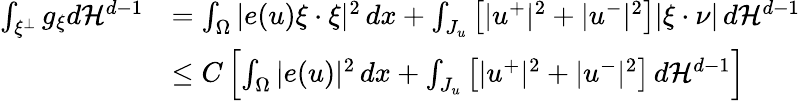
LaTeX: \begin{array}{rl}{\int_{\xi^{\bot}}g_{\xi}d{\mathcal{H}}^{d-1}}&{=\int_{\Omega}|e(u)\xi\cdot\xi|^{2}\, dx+\int_{J_{u}}\left[|u^{+}|^{2}+|u^{-}|^{2}\right]|\xi\cdot\nu|\, d{\mathcal{H}}^{d-1}}\\ &{\leq C\left[\int_{\Omega}|e(u)|^{2}\, dx+\int_{J_{u}}\left[|u^{+}|^{2}+|u^{-}|^{2}\right]\, d{\mathcal{H}}^{d-1}\right]}\end{array}